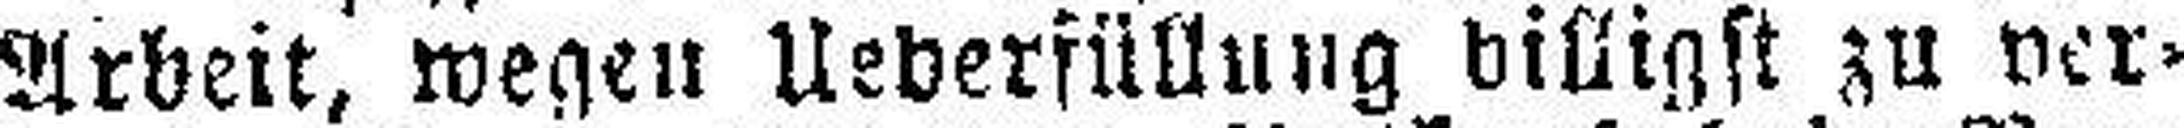
Arbeit, wegen Ueberfüllung billigst zu ver¬